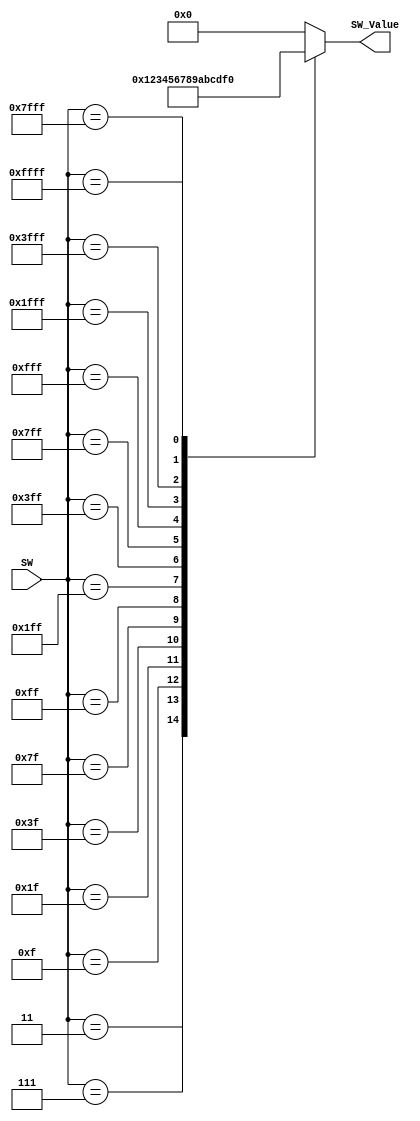
`timescale 1ns / 1ps
module SW_Decoder(
     input [15:0]SW,
     output reg [3:0]SW_Value
    );
    
    //------------------------------------------------------------------------------
    // Combinational circuit to convert switch input to a hex value output

    
    always @(*) begin

        case(SW)
            // gfedcba
            16'b0000000000000001 :  SW_Value <= 4'd0;
            16'b0000000000000011 :  SW_Value <= 4'd1;
            16'b0000000000000111 :  SW_Value <= 4'd2;
            16'b0000000000001111 :  SW_Value <= 4'd3;
            16'b0000000000011111 :  SW_Value <= 4'd4;
            16'b0000000000111111 :  SW_Value <= 4'd5;
            16'b0000000001111111 :  SW_Value <= 4'd6;
            16'b0000000011111111 :  SW_Value <= 4'd7;
            16'b0000000111111111 :  SW_Value <= 4'd8;
            16'b0000001111111111 :  SW_Value <= 4'd9;
            16'b0000011111111111 :  SW_Value <= 4'd10; //a
            16'b0000111111111111 :  SW_Value <= 4'd11; //b
            16'b0001111111111111 :  SW_Value <= 4'd12; //c
            16'b0011111111111111 :  SW_Value <= 4'd13; //d
            16'b0111111111111111 :  SW_Value <= 4'd14; //e
            16'b1111111111111111 :  SW_Value <= 4'd15; //f
            default:                SW_Value <= 4'b0;
        endcase
    end
    //---------------------------------------------------------------------------------
    
endmodule